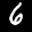
Label: 6